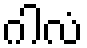
ဂါလံ